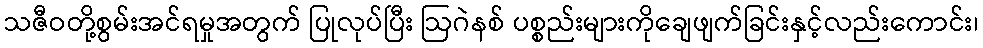
သဇီဝတို့စွမ်းအင်ရမှုအတွက် ပြုလုပ်ပြီး ဩဂဲနစ် ပစ္စည်းများကိုချေဖျက်ခြင်းနှင့်လည်းကောင်း၊